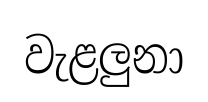
වැළලුනා